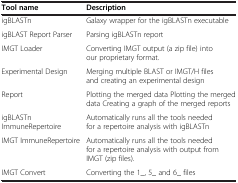
<table><thead><tr><td><b>Tool name</b></td><td><b>Description</b></td></tr></thead><tbody><tr><td>igBLASTn</td><td>Galaxy wrapper for the igBLASTn executable</td></tr><tr><td>igBLAST Report Parser</td><td>Parsing igBLASTn report</td></tr><tr><td>IMGT Loader</td><td>Converting IMGT output (a zip file) into our proprietary format.</td></tr><tr><td>Experimental Design</td><td>Merging multiple BLAST or IMGT/H files and creating an experimental design</td></tr><tr><td>Report</td><td>Plotting the merged data Plotting the merged data Creating a graph of the merged reports</td></tr><tr><td>igBLASTn ImmuneRepertoire</td><td>Automatically runs all the tools needed for a repertoire analysis with igBLASTn</td></tr><tr><td>IMGT ImmuneRepertoire</td><td>Automatically runs all the tools needed for a repertoire analysis with output from IMGT (zip files).</td></tr><tr><td>IMGT Convert</td><td>Converting the 1_, 5_ and 6_ files</td></tr></tbody></table>